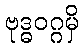
ဗုဒ္ဓဝဂ္ဂမှိ